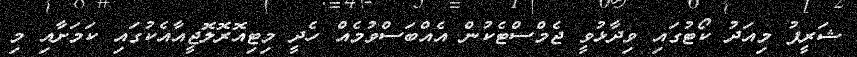
ޝަރީފު މިއަދު ކޯޓުގައި ވިދާޅުވީ ޖެމްސްޓެކުން އެއްބަސްވުމެއް ހެދީ މިޓިއޮރޮލޮޖީއާއެކުގައި ކަމަށާއި މި